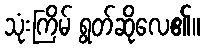
သုံးကြိမ် ရွတ်ဆိုလေ၏။